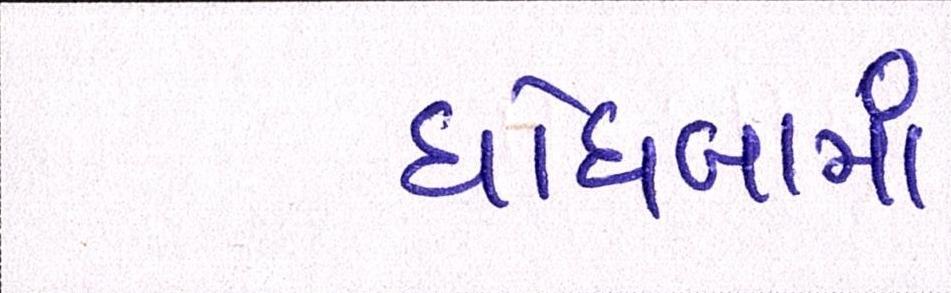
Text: ઘોઘંબામાં